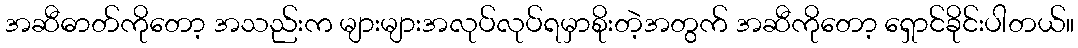
အဆီဓာတ်ကိုတော့ အသည်းက များများအလုပ်လုပ်ရမှာစိုးတဲ့အတွက် အဆီကိုတော့ ရှောင်ခိုင်းပါတယ်။